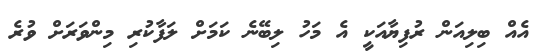
އެއް ބިލިއަން ރުފިޔާއަކީ އެ މަހު ލިބޭނެ ކަމަށް ލަފާކުރި މިންވަރަށް ވުރެ